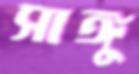
সাঙ্গু